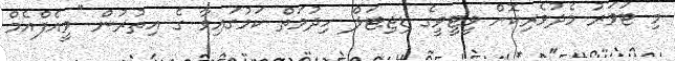
މި ޓަވަރު މެދުވެރިކޮށް ވީޓީވީގެ ޑިޖިޓަލް ހިދުމަތް ކަމުގައިވާ ގެ އިތުރުން "ވީއެފްއެމް